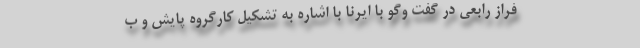
فراز رابعی در گفت وگو با ایرنا با اشاره به تشکیل کارگروه پایش و ب